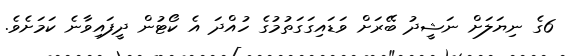
6ގެ ނިޔަލަށް ނަޝީދު ބޭރަށް ވަޑައިގަގަތުމުގެ ހުއްދަ އެ ކޯޓުން ދީފައިވާނެ ކަމަށެވެ.